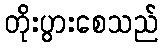
တိုးပွားစေသည်